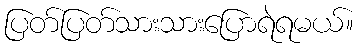
ပြတ်ပြတ်သားသားပြောရဲရမယ်။